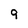
Character: 9